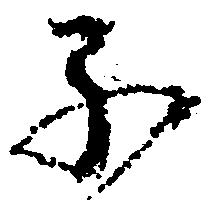
子